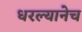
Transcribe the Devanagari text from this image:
धरल्यानेच